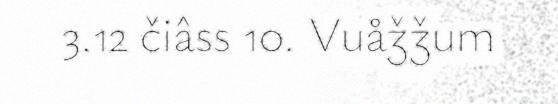
3.12 čiâss 10. Vuåǯǯum